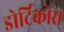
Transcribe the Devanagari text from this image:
डोर्टिकोस